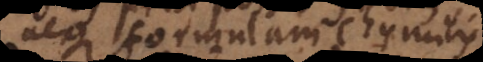
neque formulam Chymicis